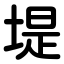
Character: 堤